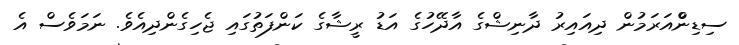
ސިޑިންްއަރަމުން ދިއައިރު ދާނިޝްގެ އާދޭހުގެ އަޑު ރީޝާގެ ކަންފަތުގައި ޖެހިގެންދިއެވެެ. ނަމަވެސް އެ